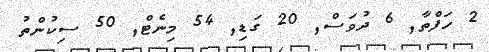
2 ހަފްތާ